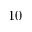
1 0